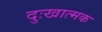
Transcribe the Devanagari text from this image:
दुःखात्मक